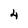
Character: 4